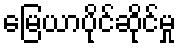
မြေယာပိုင်ဆိုင်မှု